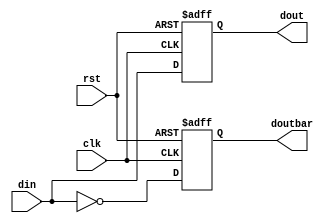
`timescale 1ns / 1ps

module dff(
    input clk,rst,din,
    output reg dout, doutbar
    );
    
always@(posedge clk or posedge rst) begin

if(rst == 1)
begin
dout <= 0;
doutbar <= 1;
end
else
begin
dout <= din;
doutbar <= ~din;
end

end
endmodule